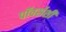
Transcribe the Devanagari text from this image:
पॉवर्सशी